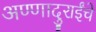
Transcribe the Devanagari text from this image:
अण्णादुराईंचे